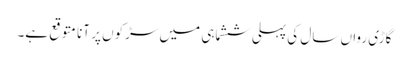
گاڑی رواں سال کی پہلی ششماہی میں سڑکوں پر آنا متوقع ہے۔